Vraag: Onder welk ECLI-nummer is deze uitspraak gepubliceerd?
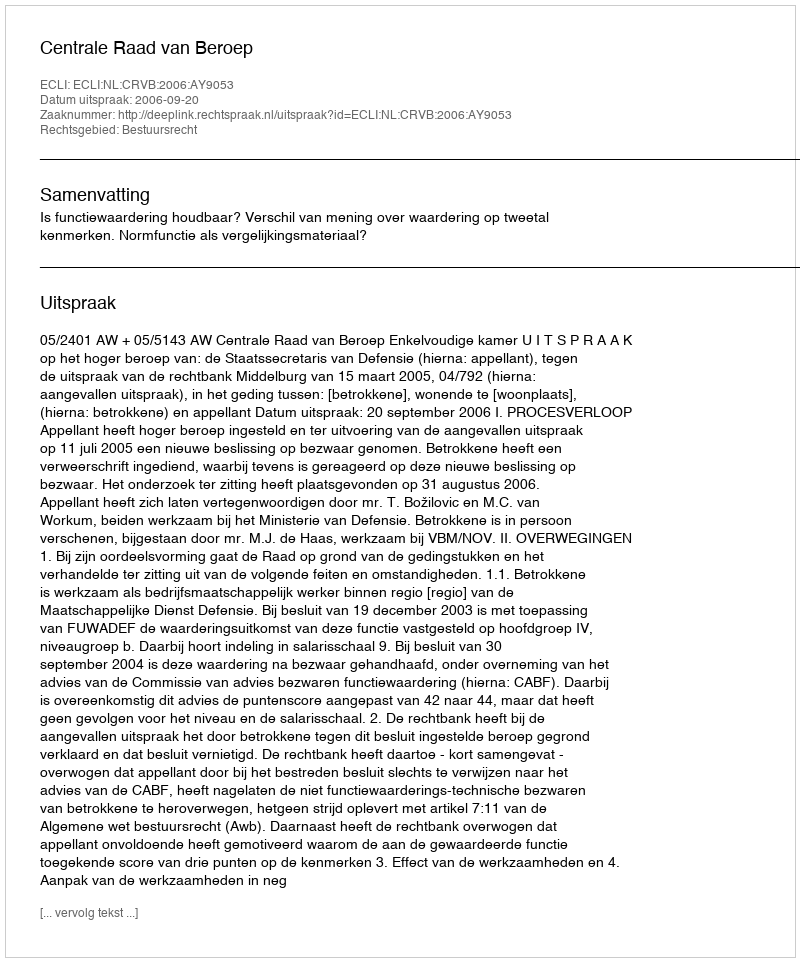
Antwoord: ECLI:NL:CRVB:2006:AY9053